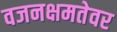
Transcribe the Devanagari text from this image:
वजनक्षमतेवर